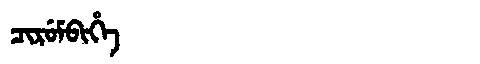
Manchu: ᠴᡳᡵᡠᠮᠪᡳᡥᡝ
Romanization: CIRUMBIHE